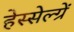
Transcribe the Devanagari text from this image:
हेस्सेल्ग्रें